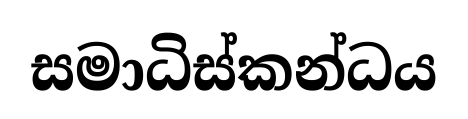
සමාධිස්කන්ධය